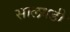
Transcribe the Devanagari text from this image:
सालगडी